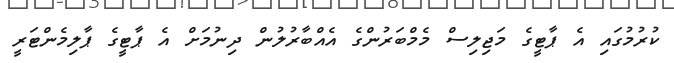
ކުރުމުގައި އެ ޕާޓީގެ މަޖިލިސް މެމްބަރުންގެ އެއްބާރުލުން ދިނުމަށް އެ ޕާޓީގެ ޕާލިމެންޓަރީ